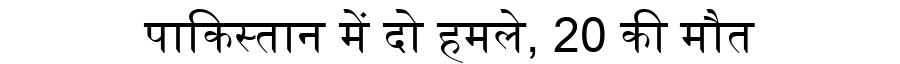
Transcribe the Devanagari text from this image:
पाकिस्तान में दो हमले, 20 की मौत